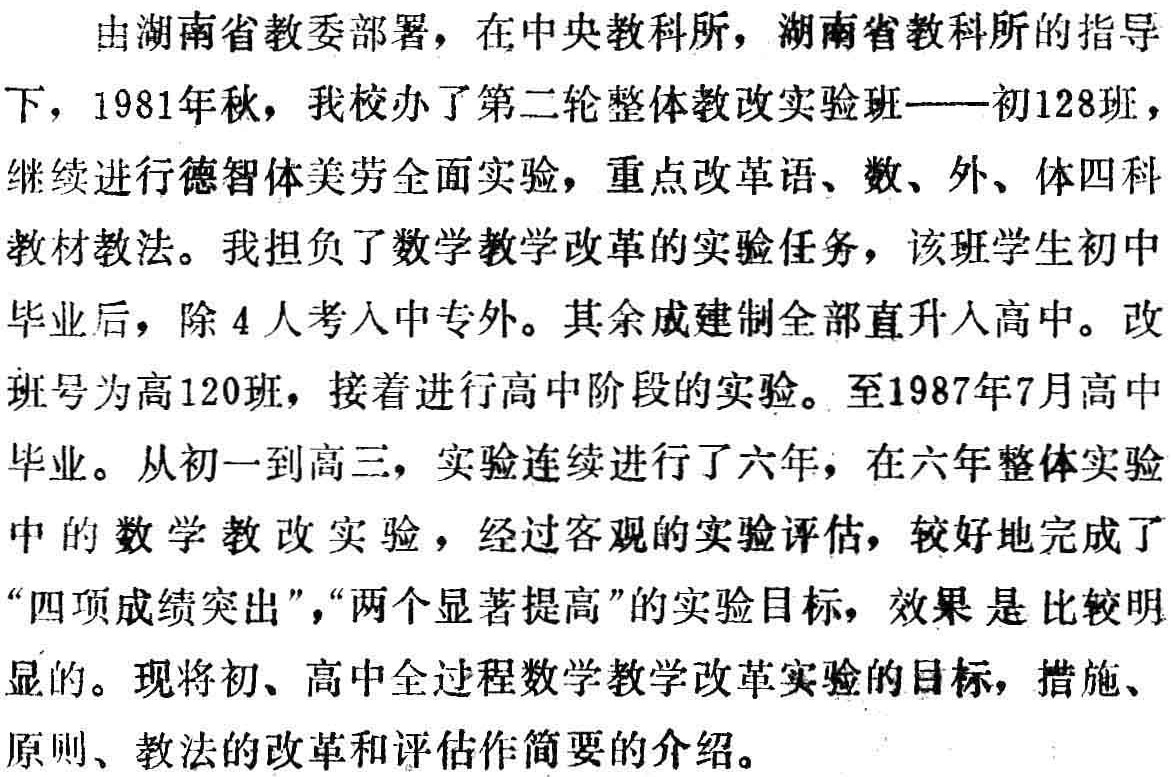
由湖南省教委部署，在中央教科所，湖南省教科所的指导下，1981年秋，我校办了第二轮整体教改实验班——初128班，继续进行德智体美劳全面实验，重点改革语、数、外、体四科教材教法。我担负了数学教学改革的实验任务，该班学生初中毕业后，除4人考入中专外。其余成建制全部直升入高中。改班号为高120班，接着进行高中阶段的实验。至1987年7月高中毕业。从初一到高三，实验连续进行了六年，在六年整体实验中的数学教改实验，经过客观的实验评估，较好地完成了“四项成绩突出”，“两个显著提高”的实验目标，效果是比较明显的。现将初、高中全过程数学教学改革实验的目标，措施、原则、教法的改革和评估作简要的介绍。